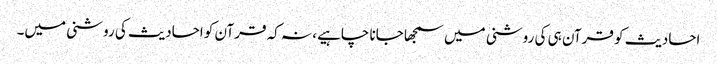
احادیث کو قرآن ہی کی روشنی میں سمجھا جانا چاہیے، نہ کہ قرآن کو احادیث کی روشنی میں۔